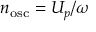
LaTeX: n _ { \mathrm { o s c } } = U _ { p } / \omega